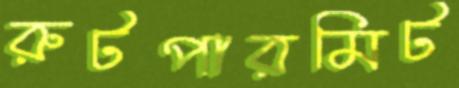
রুটপারমিট